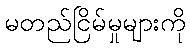
မတည်ငြိမ်မှုများကို